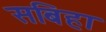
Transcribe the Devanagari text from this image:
सबिहा